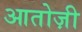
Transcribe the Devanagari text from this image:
आतोज़ी